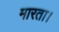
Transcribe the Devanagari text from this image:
मारता।